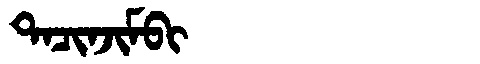
Manchu: ᡨᠠᠴᡳᠨᠵᡳᠮᠪᡳ
Romanization: TACINJIMBI